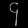
Digit: ၄